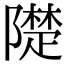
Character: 𨼪